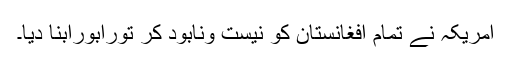
امریکہ نے تمام افغانستان کو نیست ونابود کر تورابورابنا دیا۔